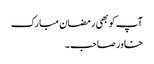
آپ کو بھی رمضان مبارک
خاور صاحب ۔